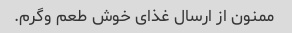
ممنون از ارسال غذای خوش طعم وگرم.